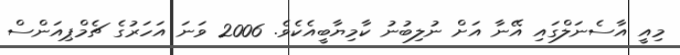
މިއީ އާސެނަލްގައި އޭނާ އަށް ނުލިބުނު ކާމިޔާބީއެކެވެ. 2006 ވަނަ އަހަރުގެ ޗެމްޕިއަންސް